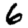
Digit: 6